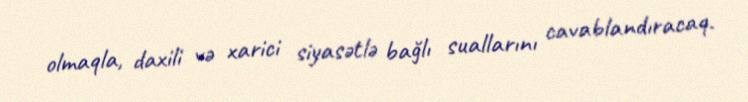
olmaqla, daxili və xarici siyasətlə bağlı suallarını cavablandıracaq.